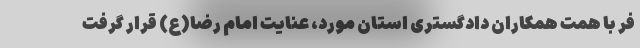
فر با همت همکاران دادگستری استان مورد، عنایت امام رضا(ع) قرار گرفت